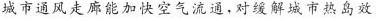
城市通风走廊能加快空气流通，对缓解城市热岛效